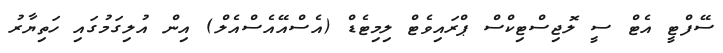
ސޭފްޓީ އެޓް ސީ ލޮޖިސްޓިކްސް ޕްރައިވެޓް ލިމިޓެޑް (އެސްއޭއެސްއެލް) އިން އުލިގަމުގައި ހަތިޔާރު